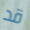
قد